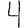
Digit: 4